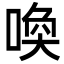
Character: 喚